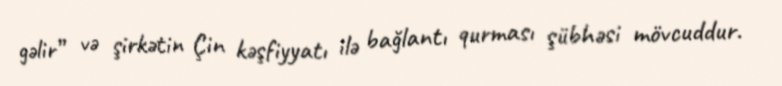
gəlir” və şirkətin Çin kəşfiyyatı ilə bağlantı qurması şübhəsi mövcuddur.